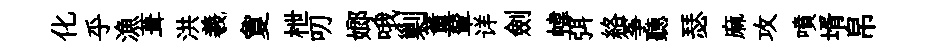
化乎漁葺洪羲夐枻叨嫏哦剿董輦详劍幃弭絡筝聽瑟麻攻噴壻帛